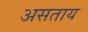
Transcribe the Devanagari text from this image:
असताय